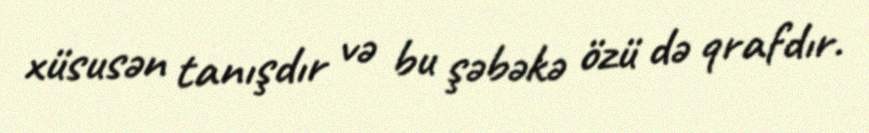
xüsusən tanışdır və bu şəbəkə özü də qrafdır.